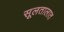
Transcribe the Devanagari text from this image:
सूलतालात